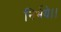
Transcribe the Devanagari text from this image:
निर्भये।।